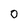
Character: 0